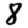
Digit: 8